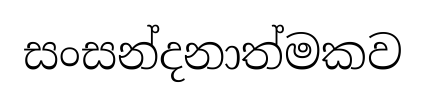
සංසන්දනාත්මකව